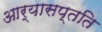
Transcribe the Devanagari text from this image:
आर्यासप्तति